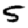
Digit: 5